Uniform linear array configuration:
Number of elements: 4
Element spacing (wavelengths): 1
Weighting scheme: uniform
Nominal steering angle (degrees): -15
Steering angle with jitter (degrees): -16.423
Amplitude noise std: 0.05
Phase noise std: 0.05

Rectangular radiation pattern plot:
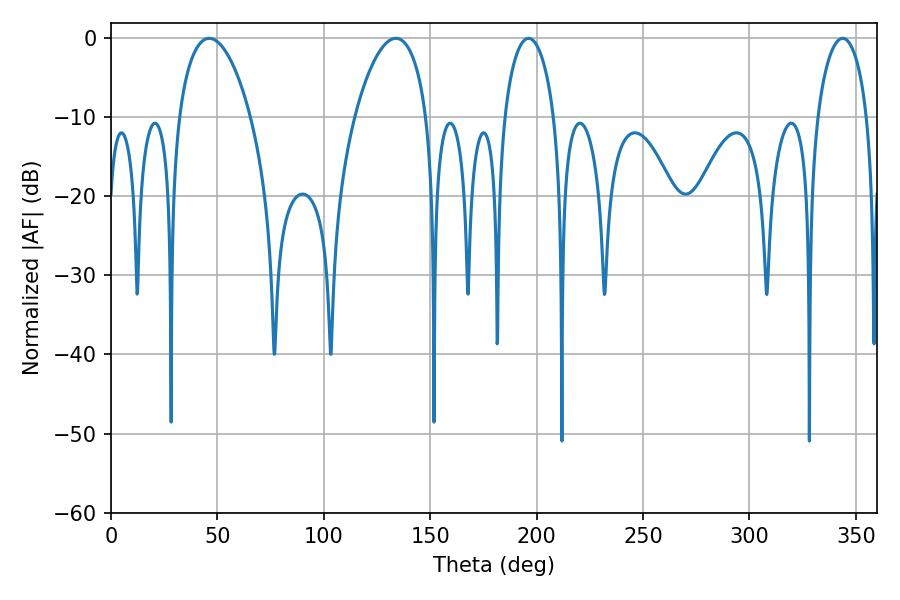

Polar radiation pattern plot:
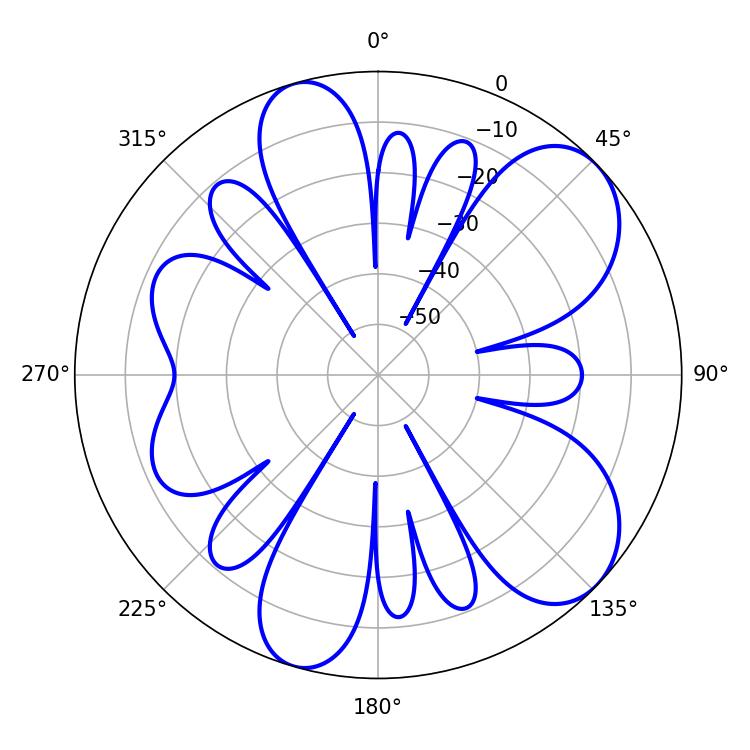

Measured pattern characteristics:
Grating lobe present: TRUE
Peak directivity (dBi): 7.868
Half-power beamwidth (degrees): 13.5
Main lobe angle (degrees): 196.2